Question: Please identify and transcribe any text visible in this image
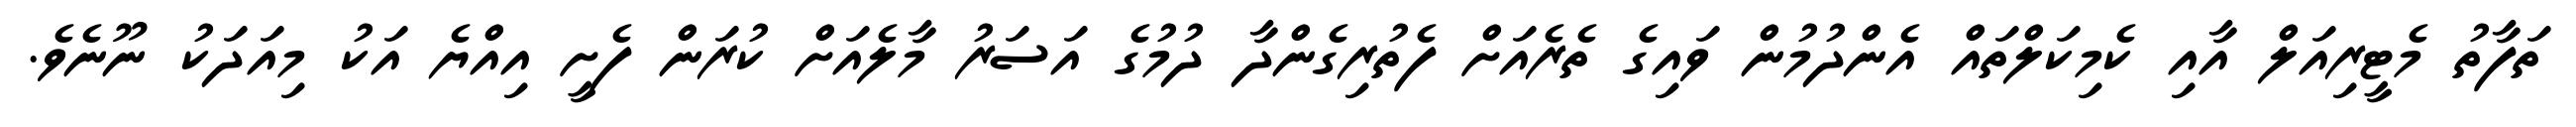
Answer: ތަފާތު މެޓީރިއަލް އާއި ކެމިކަލްތައް އެންދުމުން ވައިގެ ތެރެއަށް ފެތުރިގެންދާ ދުމުގެ އަސަރު މާލެއަށް ކުރަން ފެށީ އިއްޔެ އަކު މިއަދަކު ނޫނެވެ.